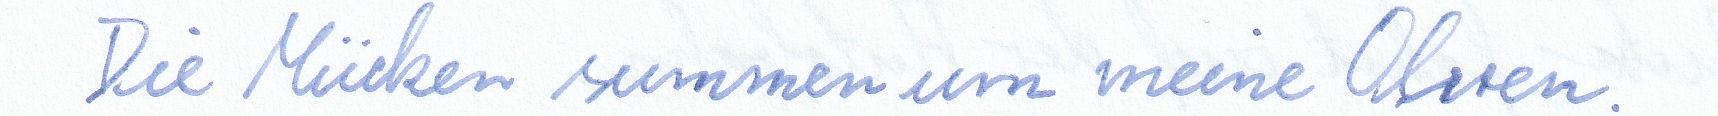
Die Mücken summen um meine Ohren.